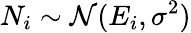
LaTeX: N_{i}\sim\mathcal{N}(E_{i},\sigma^{2})